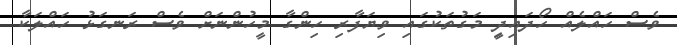
ވެސް ހައްލެއް ހޯދައިދިީ މަގުތަކުގައި ވިޔަފާރި ހިންގާ މީހުންނަށް ވެސް ރަނގަޅު ހައްލަކާ